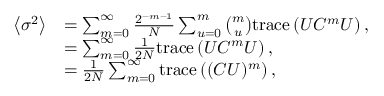
\begin{array} { r l } { \left\langle \sigma ^ { 2 } \right\rangle } & { = \sum _ { m = 0 } ^ { \infty } \frac { 2 ^ { - m - 1 } } { N } \sum _ { u = 0 } ^ { m } \binom { m } { u } \mathrm { t r a c e } \left( U C ^ { m } U \right) , } \\ & { = \sum _ { m = 0 } ^ { \infty } \frac { 1 } { 2 N } \mathrm { t r a c e } \left( U C ^ { m } U \right) , } \\ & { = \frac { 1 } { 2 N } \sum _ { m = 0 } ^ { \infty } \mathrm { t r a c e } \left( ( C U ) ^ { m } \right) , } \end{array}